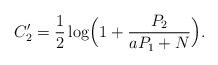
LaTeX: \begin{align*}C'_2=\frac{1}{2}\log \Bigl(1+ \frac{P_2}{aP_1+N}\Bigr).\end{align*}